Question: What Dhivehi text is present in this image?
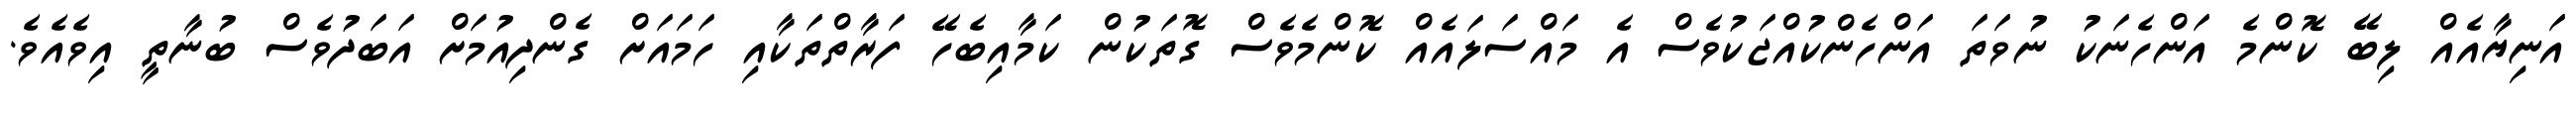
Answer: އަނިޔާއެއް ލިބޭ ކޮންމެ އަންހެނަކު ނުވަތަ އަންހެންކުއްޖަކުވެސް އެ މައްސަލައެއް ކޮންމެވެސް ގޮތަކުން ކަމާއިބެހޭ ފަރާތްތަކާއި ހަމައަށް ގެންދިއުމަށް އަބަދުވެސް ބުނާތީ އިވެއެވެ.